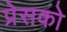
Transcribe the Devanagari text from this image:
प्रेसको